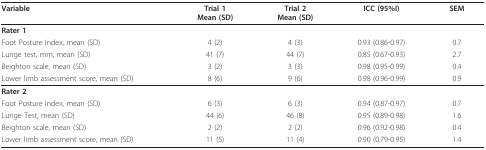
<table><thead><tr><td><b>Variable</b></td><td><b>Trial 1Mean (SD)</b></td><td><b>Trial 2Mean (SD)</b></td><td><b>ICC (95%I)</b></td><td><b>SEM</b></td></tr></thead><tbody><tr><td><b>Rater 1</b></td><td></td><td></td><td></td><td></td></tr><tr><td>Foot Posture Index, mean (SD)</td><td>4 (2)</td><td>4 (3)</td><td>0.93 (0.86-0.97)</td><td>0.7</td></tr><tr><td>Lunge test, mm, mean (SD)</td><td>41 (7)</td><td>44 (7)</td><td>0.85 (0.67-0.93)</td><td>2.7</td></tr><tr><td>Beighton scale, mean (SD)</td><td>3 (2)</td><td>3 (3)</td><td>0.98 (0.95-0.99)</td><td>0.4</td></tr><tr><td>Lower limb assessment score, mean (SD)</td><td>8 (6)</td><td>9 (6)</td><td>0.98 (0.96-0.99)</td><td>0.9</td></tr><tr><td><b>Rater 2</b></td><td></td><td></td><td></td><td></td></tr><tr><td>Foot Posture Index, mean (SD)</td><td>6 (3)</td><td>6 (3)</td><td>0.94 (0.87-0.97)</td><td>0.7</td></tr><tr><td>Lunge Test, mean (SD)</td><td>44 (6)</td><td>46 (8)</td><td>0.95 (0.89-0.98)</td><td>1.6</td></tr><tr><td>Beighton scale, mean (SD)</td><td>2 (2)</td><td>2 (2)</td><td>0.96 (0.92-0.98)</td><td>0.4</td></tr><tr><td>Lower limb assessment score, mean (SD)</td><td>11 (5)</td><td>11 (4)</td><td>0.90 (0.79-0.95)</td><td>1.4</td></tr></tbody></table>